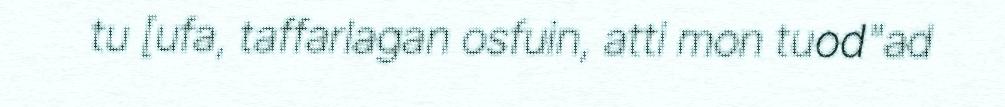
tu [ufa, taffarlagan osfuin, atti mon tuod"ad